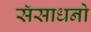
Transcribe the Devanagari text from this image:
सॅसाधनो